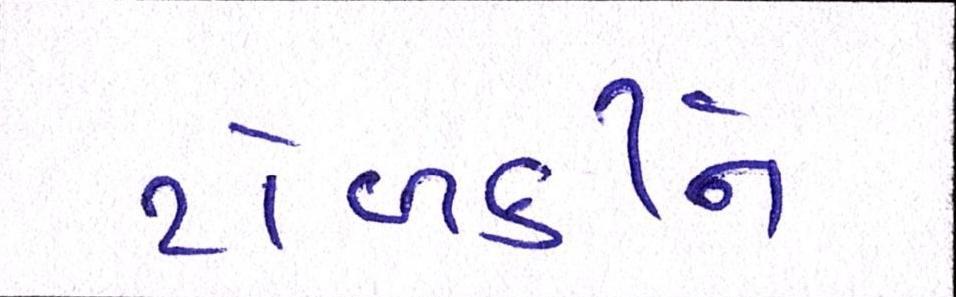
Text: ટોળકીને